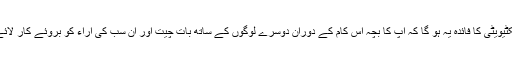
اس ایکٹیویٹی کا فائدہ یہ ہو گا کہ آپ کا بچہ اس کام کے دوران دوسرے لوگوں کے ساتھ بات چیت اور ان سب کی آراء کو بروئے کار لائے گا ۔